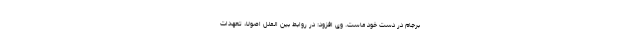
برجام در دست خود ماست. وی افزود: در روابط بین الملل اصولا، تعهدات